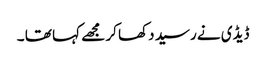
ڈیڈی نے رسید دکھا کر مجھے کہا تھا ۔